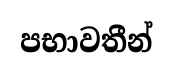
පභාවතීන්